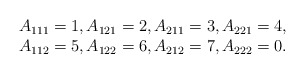
\begin{align*}\begin{array}{c} A_{111}= 1, A_{121}= 2, A_{211}= 3, A_{221}= 4, \\A_{112}= 5, A_{122}= 6, A_{212}= 7, A_{222}= 0.\end{array}\end{align*}